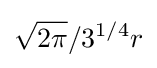
{\sqrt {2\pi }}/3^{1/4}r